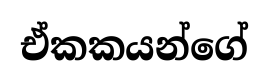
ඒකකයන්ගේ